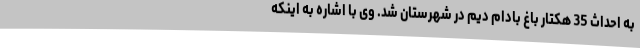
به احداث 35 هکتار باغ بادام دیم در شهرستان شد. وی با اشاره به اینکه